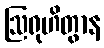
ဩရုဟိတွာန